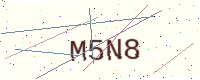
Text: M5N8